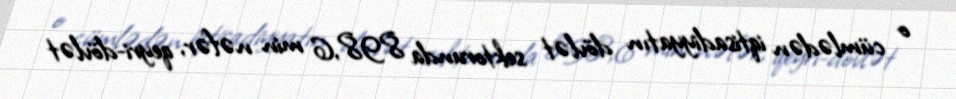
o cümlədən iqtisadiyyatın dövlət sektorunda 898,6 min nəfər, qeyri-dövlət